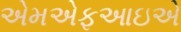
એમએફઆઇએ